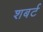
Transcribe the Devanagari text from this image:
शबर्ट